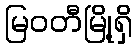
မြဝတီမြို့ရှိ